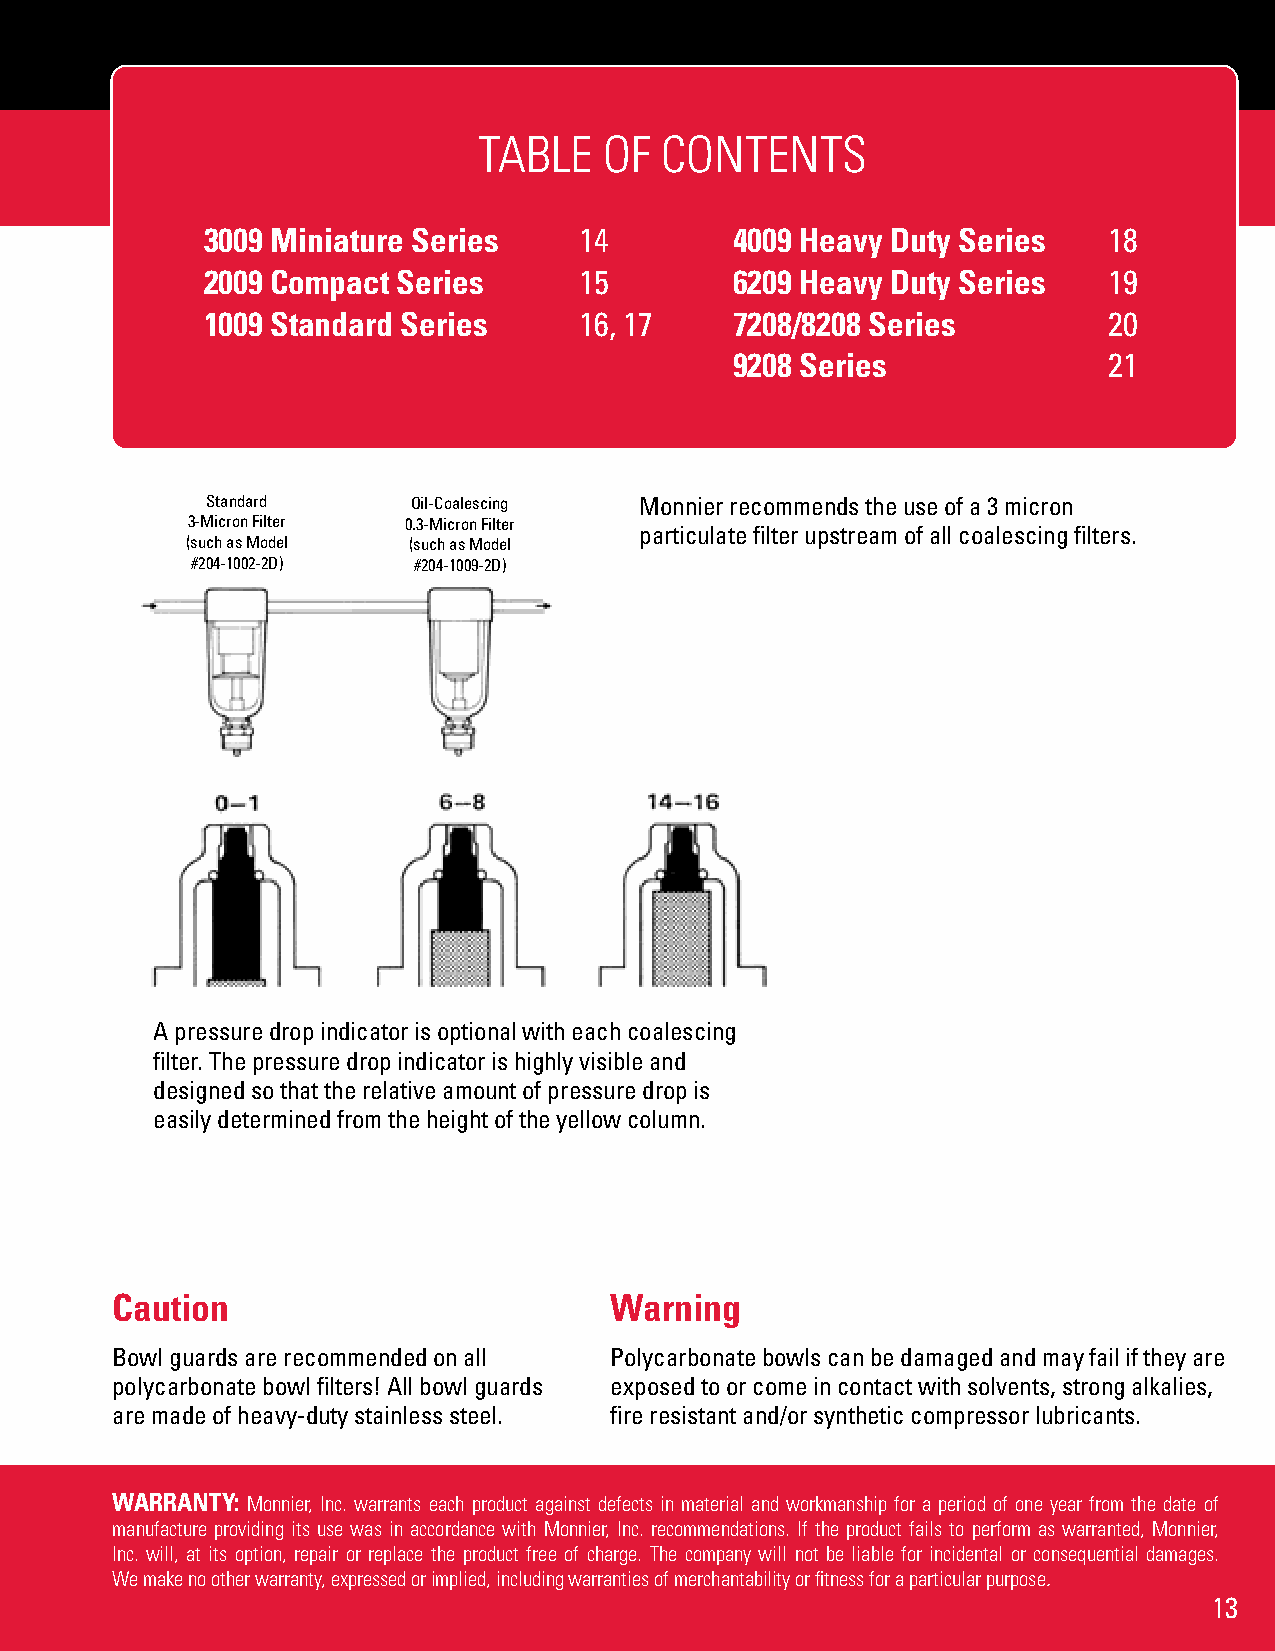
TABLE   OF  CONTENTS
 3009 Miniature Series   14         4009 Heavy Duty Series  18
 2009 Compact Series     15         6209 Heavy Duty Series  19
 1009 Standard Series    16, 17     7208/8208 Series        20
 9208 Series             21
 Standard     Oil-Coalescing Monnier recommends the use of a 3 micron
 3-Micron Filter 0.3-Micron Filter
 particulate filter upstream of all coalescing filters.
 (such as Model (such as Model
 #204-1002-2D) #204-1009-2D)
 A pressure drop indicator is optional with each coalescing
 filter. The pressure drop indicator is highly visible and
 designed so that the relative amount of pressure drop is
 easily determined from the height of the yellow column.
 Caution                          Warning
 Bowl guards are recommended on all Polycarbonate bowls can be damaged and may fail if they are
 polycarbonate bowl filters! All bowl guards exposed to or come in contact with solvents, strong alkalies,
 are made of heavy-duty stainless steel. fire resistant and/or synthetic compressor lubricants.
 WARRANTY: Monnier, Inc. warrants each product against defects in material and workmanship for a period of one year from the date of
 manufacture providing its use was in accordance with Monnier, Inc. recommendations. If the product fails to perform as warranted, Monnier,
 Inc. will, at its option, repair or replace the product free of charge. The company will not be liable for incidental or consequential damages.
 We make no other warranty, expressed or implied, including warranties of merchantability or fitness for a particular purpose.
 13